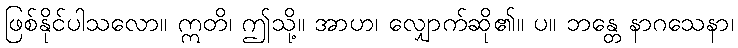
ဖြစ်နိုင်ပါသလော။ ဣတိ၊ ဤသို့။ အာဟ၊ လျှောက်ဆို၏။ ပ။ ဘန္တေ နာဂသေနာ၊